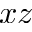
x z